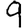
Digit: 9